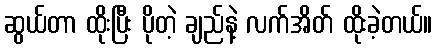
ဆွယ်တာ ထိုးပြီး ပိုတဲ့ ချည်နဲ့ လက်အိတ် ထိုးခဲ့တယ်။